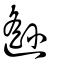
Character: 𨙂